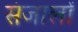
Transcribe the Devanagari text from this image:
संजालों